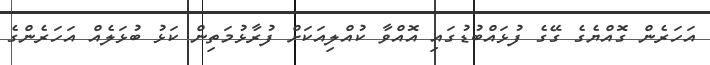
އަހަރެން ގޮއްޔެގެ ގޭގެ ފުޅައްބުޑުގައި އޮއްވާ ކުއްލިއަކަށް ފުރާޅުމަތިން ކަޅު ބުޅަލެއް އަހަރެންގެ